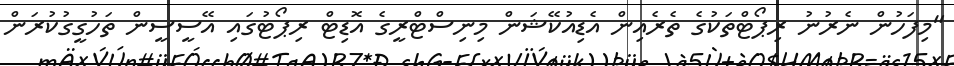
"މިފަހުން ނެރުނު ރިޕޯޓްތަކުގެ ތެރެއިން އެޑިއުކޭޝަން މިނިސްޓްރީގެ އޮޑިޓް ރިޕޯޓުގައި އޭސީސީން ތަހުގީގުކުރަން